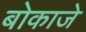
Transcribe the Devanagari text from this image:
बोकाजे